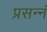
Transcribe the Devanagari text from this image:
प्रसन्नं